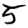
Digit: 5